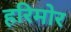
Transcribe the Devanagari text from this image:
हरिमोर